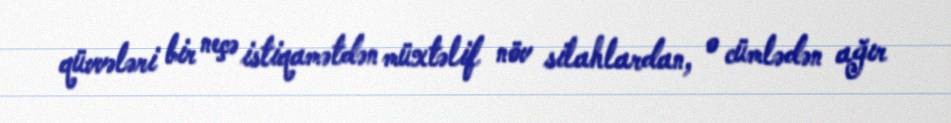
qüvvələri bir neçə istiqamətdən müxtəlif növ silahlardan, o cümlədən ağır